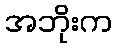
အဘိုးက